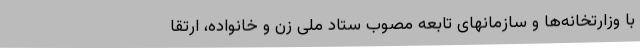
با وزارتخانه‌ها و سازمانهای تابعه مصوب ستاد ملی زن و خانواده، ارتقا